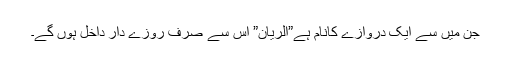
جن میں سے ایک دروازے کانام ہے”الرّیان” اس سے صرف روزے دار داخل ہوں گے۔